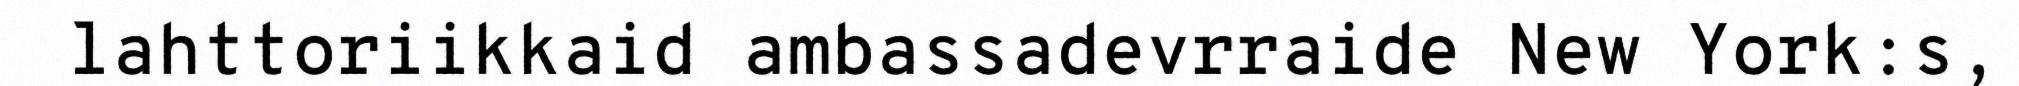
lahttoriikkaid ambassadevrraide New York:s,